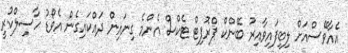
އެއާވޭސްއަށް ލިބިފައިވާއިރު ބޭންކް ޕްރޮފިޓް ޓެކްސް އެންމެ ގިނައިން ދައްކައިގެން އެވޯޑު ހާސިލްކުރީ